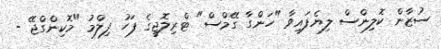
ސުޒާން ކޮލިންސް ލިޔެފައިވާ "ހަންގާ ގޭމްސް" ޓްރިލޮޖީގެ ފަހު ފިލްމު "މޮކިންގްޖޭ -